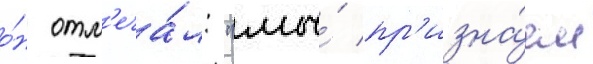
о́н отм'еча́л: "мы́ пр'изна́ем